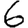
Digit: 6